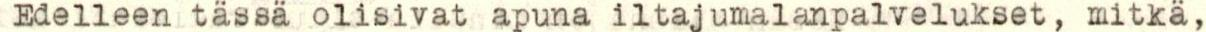
Edelleen tässä olisivat apuna iltajumalanpalvelukset, mitkä,